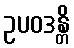
ဥပဝဒန္တိ